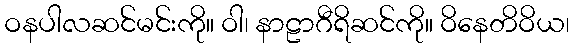
ဝနပါလဆင်မင်းကို။ ဝါ၊ နာဠာဂီရိဆင်ကို။ ဝိနေတိဝိယ၊